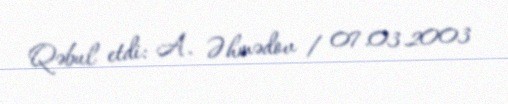
Qəbul etdi: A. Əhmədov / 07.03.2003